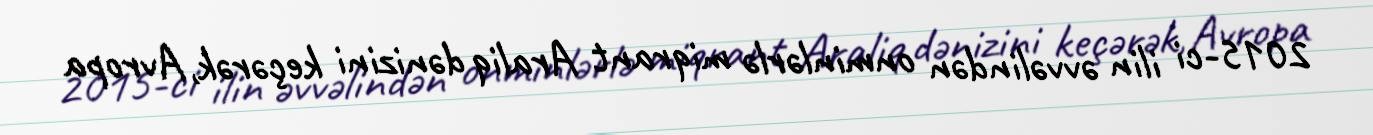
2015-ci ilin əvvəlindən onminlərlə miqrant Araliq dənizini keçərək, Avropa